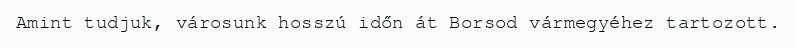
Amint tudjuk, városunk hosszú időn át Borsod vármegyéhez tartozott.